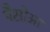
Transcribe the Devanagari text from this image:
पैसोआ